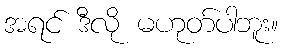
အရင် ဒီလို မဟုတ်ပါဘူး။